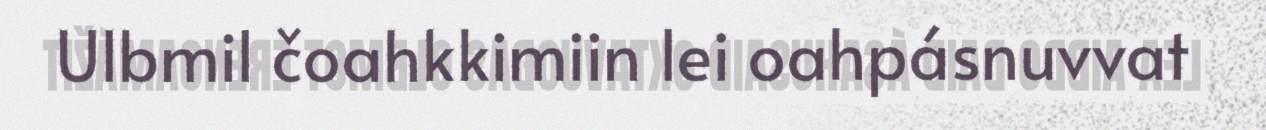
Ulbmil čoahkkimiin lei oahpásnuvvat